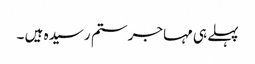
پہلے ہی مہاجر ستم رسیدہ ہیں ۔